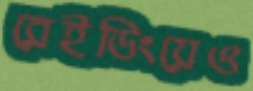
রেইডিংয়েও